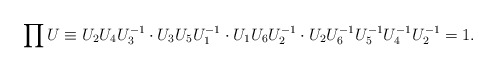
\begin{align*}\prod U \equiv U_2 U_4 U_3^{-1} \cdot U_3 U_5 U_1^{-1} \cdot U_1 U_6 U_2^{-1} \cdot U_2 U_6^{-1} U_5^{-1} U_4^{-1} U_2^{-1} = 1.\end{align*}